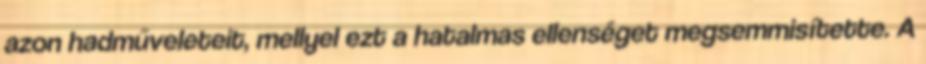
azon hadműveleteit, mellyel ezt a hatalmas ellenséget megsemmisítette. A